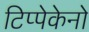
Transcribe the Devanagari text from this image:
टिप्पेकेनो